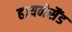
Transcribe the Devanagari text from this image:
हायनेसैंड